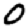
Digit: 0